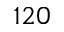
1 2 0